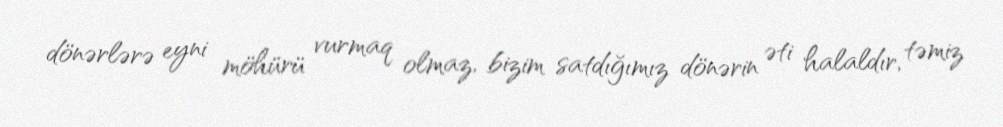
dönərlərə eyni möhürü vurmaq olmaz, bizim satdığımız dönərin əti halaldır, təmiz